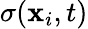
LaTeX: \sigma(\mathbf{x}_{i},t)